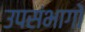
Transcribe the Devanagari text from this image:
उपसंभागों